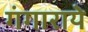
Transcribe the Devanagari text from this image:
गंगाराये